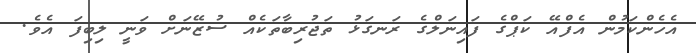
އެހެންކަމުން އެފްއޭ ކަޕްގެ ފައިނަލްގެ ރަނގަޅު ތަޖުރިބާތަކެއް ސުޒޭނަށް ވަނީ ލިބިފަ އެވެ.